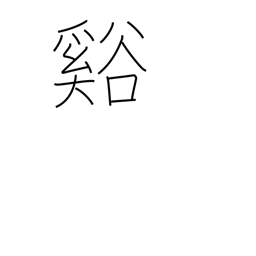
Meaning: valley